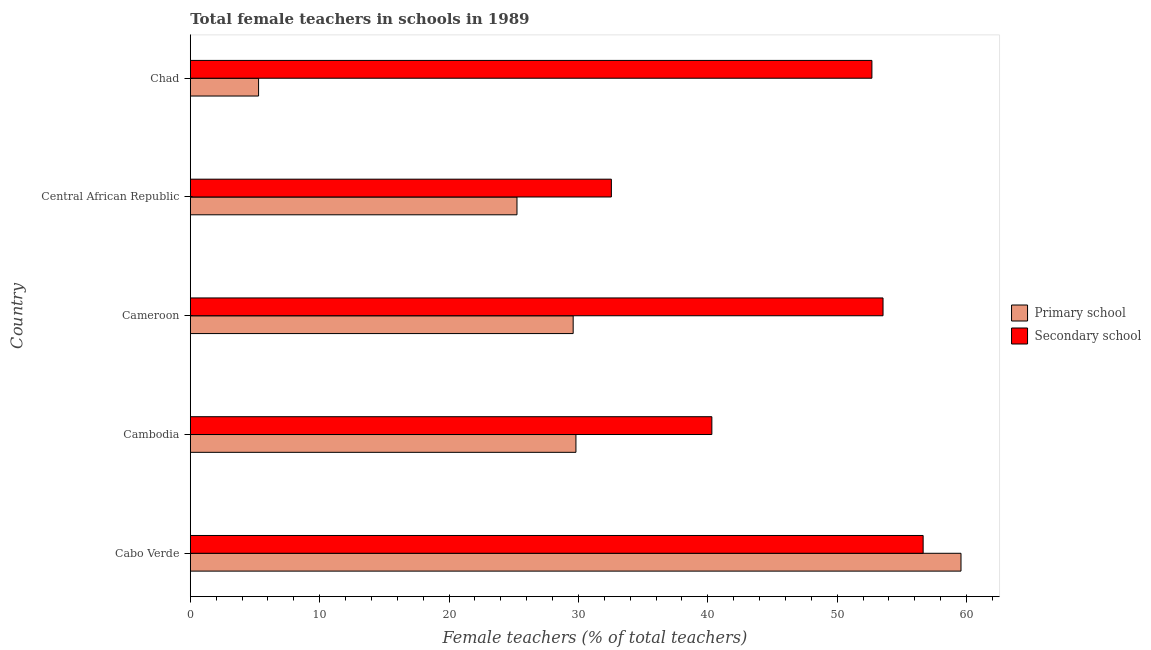
| Country | Primary school | Secondary school |
 | --- | --- | --- |
 | Cabo Verde | 59.6 | 56.6 |
 | Cambodia | 29.8 | 40.3 |
 | Cameroon | 29.6 | 53.5 |
 | Central African Republic | 25.2 | 32.5 |
 | Chad | 5.28 | 52.7 |